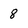
Character: 8